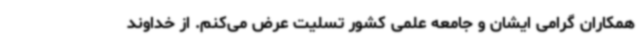
همکاران گرامی ایشان و جامعه علمی کشور تسلیت عرض می‌کنم. از خداوند